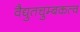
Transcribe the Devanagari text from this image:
वैद्युतचुम्बकत्व